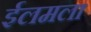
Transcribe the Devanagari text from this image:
ईलमला